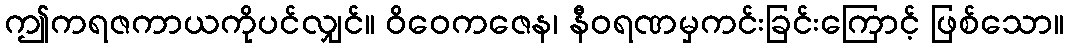
ဤကရဇကာယကိုပင်လျှင်။ ဝိဝေကဇေန၊ နီဝရဏမှကင်းခြင်းကြောင့် ဖြစ်သော။